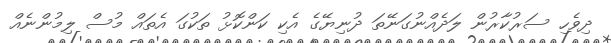
ދިވެހި ސަރުކާރުން ލަދެއްނުގަނޭތަ ދުނިޔޭގެ އެކި ކަންކޮޅު ތަކުގަ އެތައް މުސް ލިމުންނެއް